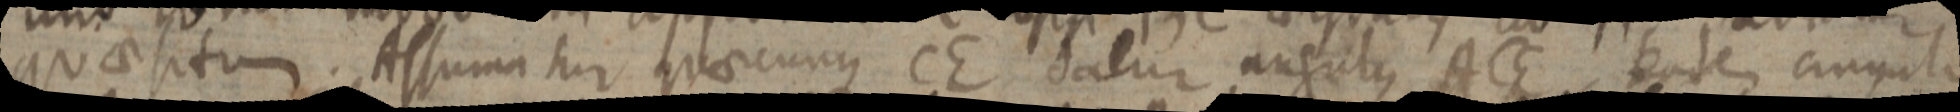
quaesitum. Assumatur quaecunque CE datur augulus ACE, eadem anguli